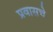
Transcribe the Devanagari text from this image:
प्रवासचे